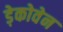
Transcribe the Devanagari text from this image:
ड़ेकोवेन